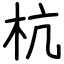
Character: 杭